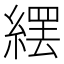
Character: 𦃿